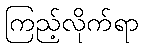
ကြည့်လိုက်ရာ